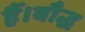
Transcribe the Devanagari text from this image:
हैं।बौद्ध